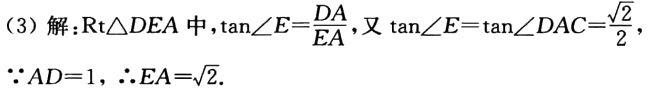
（3）解：$\text{Rt}\triangle DEA$中，$\tan\angle E = \frac{DA}{EA}$，又$\tan\angle E=\tan\angle DAC = \frac{\sqrt{2}}{2}$，
$\because AD = 1$，$\therefore EA=\sqrt{2}$.